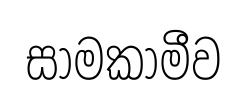
සාමකාමීව